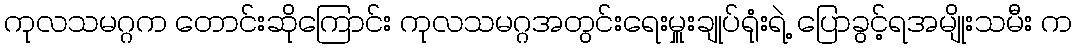
ကုလသမဂ္ဂက တောင်းဆိုကြောင်း ကုလသမဂ္ဂအတွင်းရေးမှူးချုပ်ရုံးရဲ့ ပြောခွင့်ရအမျိုးသမီး က